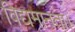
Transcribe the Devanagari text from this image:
विद्यमानता।